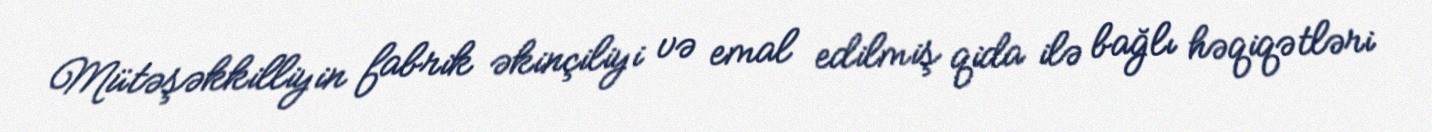
Mütəşəkkilliyin fabrik əkinçiliyi və emal edilmiş qida ilə bağlı həqiqətləri